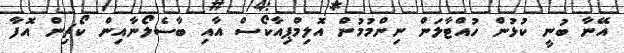
އޭނާ ބުނީ ކުޅުން ހުއްޓާލަން ނިންމުމުން އޮލިމްޕިއާކޯސް އާއި ބާސެލޯނާއިން ކޯޗިން އޮފާ